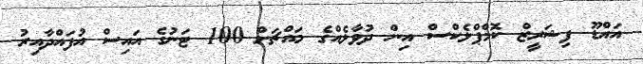
އައްޑޫ ފިޝަރީޒް ކޮމްޕްލެކްސް އިން ދުވާލެއްގެ މައްޗަށް 100 ޓަނުގެ އައިސް އުފައްދާއިރު